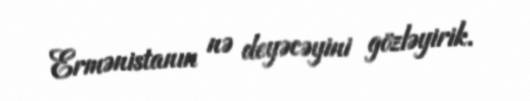
Ermənistanın nə deyəcəyini gözləyirik.